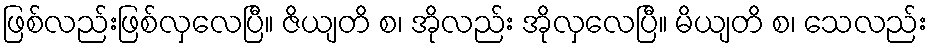
ဖြစ်လည်းဖြစ်လှလေပြီ။ ဇိယျတိ စ၊ အိုလည်း အိုလှလေပြီ။ မိယျတိ စ၊ သေလည်း